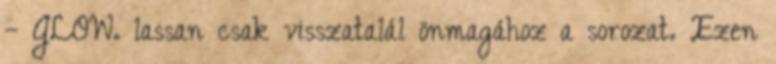
– GLOW. lassan csak visszatalál önmagához a sorozat. Ezen